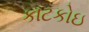
કાટકોઇ